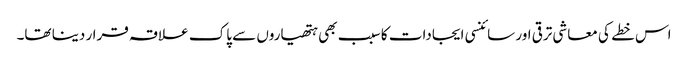
اس خطے کی معاشی ترقی اور سائنسی ایجادات کا سبب بھی ہتھیاروں سے پاک علاقہ قرار دینا تھا۔